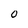
Character: 0